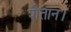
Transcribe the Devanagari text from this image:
शैतान।